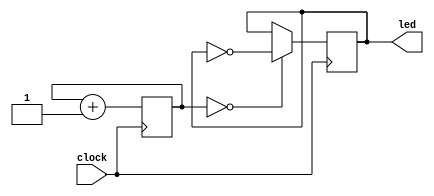
`timescale 1ns / 1ps

//clock divider for debouncing

module debounceclock(input clock, output reg led = 0 );

    reg [20:0] COUNT = 21'b0;
    
    always @ (posedge clock) begin
    
        COUNT <= COUNT + 1;
        led <= (COUNT == 21'b0)? ~led:led;
    end 

endmodule